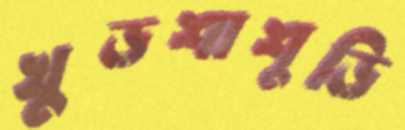
খুড়শাশুড়ি